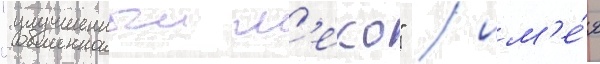
"улучшенныи м'еко" / им'е́я